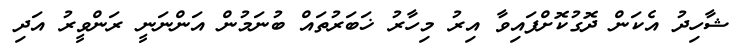
ޝާހިދު އެކަން ދޮގުކޮށްފައިވާ އިރު މިހާރު ޚަބަރުތައް ބުނަމުން އަންނަނީ ރަންވީރު އަދި